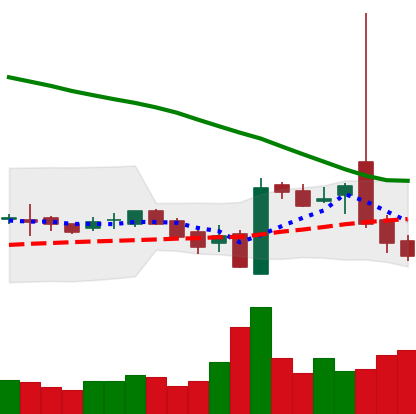
Ticker: LTC-USD
Chart end date: 2016-10-20
Forward return: 3.319%
Label: up_3_5